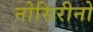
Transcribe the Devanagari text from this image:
नोसिरीनो